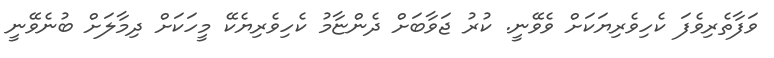
ވަފާތެރިވެފަ ކެހިވެރިޔަކަށް ވެވޭނީ. ކުރު ޖަވާބަށް ދެންޏާމު ކެހިވެރިޔެކޭ މީހަކަށް ދިމާލަށް ބުނެވޭނީ